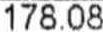
178.08